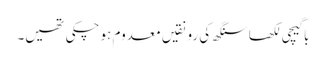
باگیچی لکھا سنگھ کی رونقیں معدوم ہو چکی تھیں۔